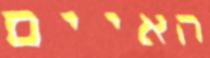
האיים